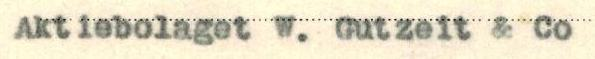
Aktiebolaget W. Gutzeit & Co